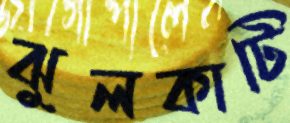
ঝুলকাটি